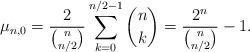
LaTeX: \begin{align*} \mu_{n,0} = \frac{2}{\binom{n}{n/2}} \sum_{k=0}^{n/2-1}\binom{n}{k} = \frac{2^n}{\binom{n}{n/2}} - 1. \end{align*}